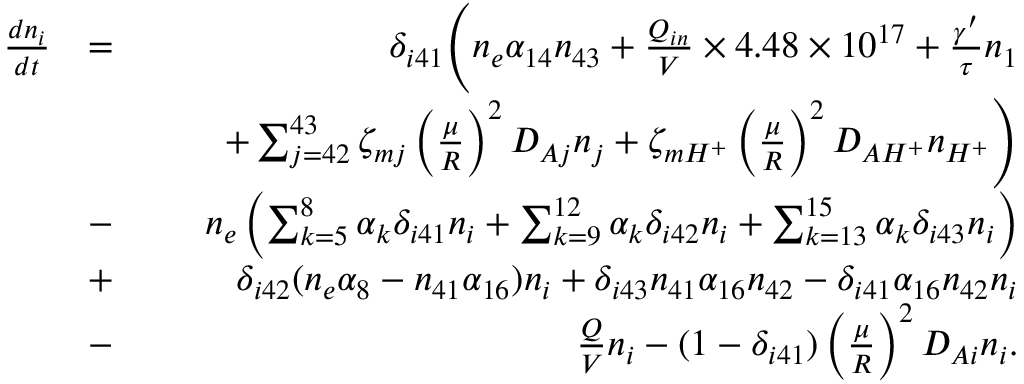
\begin{array} { r l r } { \frac { d n _ { i } } { d t } } & { = } & { \delta _ { i 4 1 } \Biggl ( n _ { e } \alpha _ { 1 4 } n _ { 4 3 } + \frac { Q _ { i n } } { V } \times 4 . 4 8 \times 1 0 ^ { 1 7 } + \frac { \gamma ^ { \prime } } { \tau } n _ { 1 } } \\ & { } & { \quad \quad + \sum _ { j = 4 2 } ^ { 4 3 } \zeta _ { m j } \left( \frac { \mu } { R } \right) ^ { 2 } D _ { A j } n _ { j } + \zeta _ { m H ^ { + } } \left( \frac { \mu } { R } \right) ^ { 2 } D _ { A H ^ { + } } n _ { H ^ { + } } \Biggr ) } \\ & { - } & { n _ { e } \left( \sum _ { k = 5 } ^ { 8 } \alpha _ { k } \delta _ { i 4 1 } n _ { i } + \sum _ { k = 9 } ^ { 1 2 } \alpha _ { k } \delta _ { i 4 2 } n _ { i } + \sum _ { k = 1 3 } ^ { 1 5 } \alpha _ { k } \delta _ { i 4 3 } n _ { i } \right) } \\ & { + } & { \delta _ { i 4 2 } ( n _ { e } \alpha _ { 8 } - n _ { 4 1 } \alpha _ { 1 6 } ) n _ { i } + \delta _ { i 4 3 } n _ { 4 1 } \alpha _ { 1 6 } n _ { 4 2 } - \delta _ { i 4 1 } \alpha _ { 1 6 } n _ { 4 2 } n _ { i } } \\ & { - } & { \frac { Q } { V } n _ { i } - ( 1 - \delta _ { i 4 1 } ) \left( \frac { \mu } { R } \right) ^ { 2 } D _ { A i } n _ { i } . } \end{array}